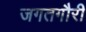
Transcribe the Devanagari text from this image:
जगतगौरी